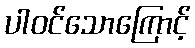
ပါဝင်သောကြောင့်